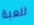
للعبة